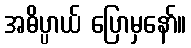
အဓိပ္ပာယ် ပြောမှနော်။